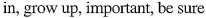
in，grow up，important，be sure